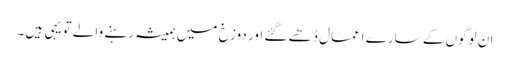
ان لوگوں کے سارے اعمال ڈھے گئے اور دوزخ میں ہمیشہ رہنے والے تو یہی ہیں۔